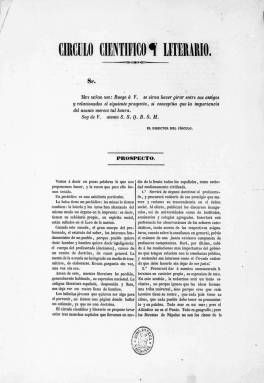
Título: Círculo científico y literario
Colección: Cultura
Ámbito geográfico: Madrid
Lugar de publicación: Madrid
Fechas: 01/01/1854-15/07/1854

Colección procedente de la digitalización del microfilme. Faltan las portadas de los ejemplares: la fecha consta en la parte inferior de la primera página de cada ejemplar.

---

Publicación efímera nacida en febrero de 1854 y que concluyó en julio coincidiendo con la revolución de ese año, conocida como la Vicalvarada, que acabó con diez años de gobiernos moderados para dar paso al bienio progresista. El director de este periódico, Roque Barcia, trabajó para la revolución propagando las ideas democráticas.

  Barcia mantuvo el anonimato en la publicación con el seudónimo ‘El autor de los Viajes’, por lo que su identidad solo trascendió tiempo después. En el prospecto explicitando su propósito, publicado en enero de 1854, el periódico decía contar con un gran número de redactores y colaboradores, algunos de los cuales alcanzarían más tarde un gran renombre. Es el caso de Antonio Cánovas del Castillo, que llegaría a ser presidente del Gobierno, aunque no se conoce que escribiera ningún artículo, salvo que fuera autor de alguna colaboración sin firma. Sí escribieron el dramaturgo Juan Eugenio Hartzenbusch, quien sería director de la Biblioteca Nacional, el historiador Modesto Lafuente o la poetisa Gertrudis Gómez de Avellaneda.

En el citado prospecto se señalaba la ambiciosa intención del periódico de ser el órgano doctrinal del profesorado español, así como de servir de renovador de la literatura española.

  Círculo científico y literario, que constaba de 16 páginas, estaba dividido en cuatro secciones que se correspondían con una división del conocimiento humano en cuatro partes.  La primera sección agrupaba artículos científicos y filosóficos, la segunda estaba destinada a las humanidades en general, la tercera sección incluía la literatura y la última se dedicaba a la crítica, tanto científica como literaria y teatral, así como a dar noticia de acontecimientos de actualidad.

En la cuarta entrega de la publicación se añadió una quinta sección llamada universitaria en la que se criticaba un decreto gubernamental que privilegiaba a los catedráticos de facultad sobre los de instituto dando a los primeros el grado de licenciado en filosofía.

   El filósofo Gumersindo Laverde Ruiz, que era muy joven entonces y sería el futuro mentor de Marcelino Menéndez Pelayo, se consideraba cofundador del periódico, aunque se separaría después del pensamiento de Roque Barcia, quien llegaría a ser cabecilla del cantón de Cartagena durante la I República española en 1873.

   Amplia información de este periódico, así como del propio Barcia y los redactores y colaboradores puede obtenerse en la web filosofía.org, iniciativa de la revista El Basilisco, fundada por Gustavo Bueno.

[Descripción publicada el 15/02/2023]